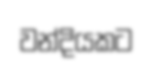
වන්දියකට